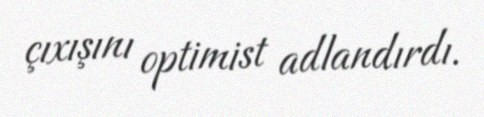
çıxışını optimist adlandırdı.